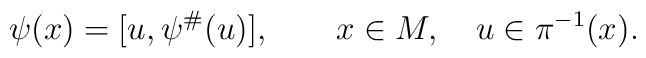
\psi (x) = [ u, \psi^\# (u) ],	\qquad x \in M, \quad u \in \pi^{-1} (x).